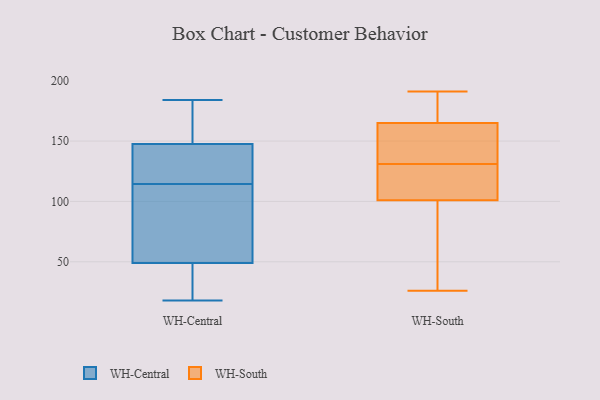
{"axis": {"x": "LTV (USD)", "y": "Value"}, "legend": ["WH-Central", "WH-South"], "data": [{"x": "", "y": 91, "type": "WH-Central"}, {"x": "", "y": 18, "type": "WH-Central"}, {"x": "", "y": 73, "type": "WH-Central"}, {"x": "", "y": 139, "type": "WH-Central"}, {"x": "", "y": 19, "type": "WH-Central"}, {"x": "", "y": 184, "type": "WH-Central"}, {"x": "", "y": 137, "type": "WH-Central"}, {"x": "", "y": 59, "type": "WH-Central"}, {"x": "", "y": 156, "type": "WH-Central"}, {"x": "", "y": 161, "type": "WH-Central"}, {"x": "", "y": 177, "type": "WH-Central"}, {"x": "", "y": 97, "type": "WH-Central"}, {"x": "", "y": 137, "type": "WH-Central"}, {"x": "", "y": 39, "type": "WH-Central"}, {"x": "", "y": 38, "type": "WH-Central"}, {"x": "", "y": 132, "type": "WH-Central"}, {"x": "", "y": 176, "type": "WH-South"}, {"x": "", "y": 101, "type": "WH-South"}, {"x": "", "y": 96, "type": "WH-South"}, {"x": "", "y": 191, "type": "WH-South"}, {"x": "", "y": 184, "type": "WH-South"}, {"x": "", "y": 86, "type": "WH-South"}, {"x": "", "y": 143, "type": "WH-South"}, {"x": "", "y": 156, "type": "WH-South"}, {"x": "", "y": 102, "type": "WH-South"}, {"x": "", "y": 178, "type": "WH-South"}, {"x": "", "y": 165, "type": "WH-South"}, {"x": "", "y": 72, "type": "WH-South"}, {"x": "", "y": 115, "type": "WH-South"}, {"x": "", "y": 131, "type": "WH-South"}, {"x": "", "y": 140, "type": "WH-South"}, {"x": "", "y": 105, "type": "WH-South"}, {"x": "", "y": 101, "type": "WH-South"}, {"x": "", "y": 26, "type": "WH-South"}, {"x": "", "y": 165, "type": "WH-South"}]}